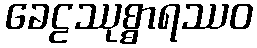
ခေဠဿုစ္စာရဿဝ